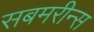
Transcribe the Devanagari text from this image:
सबमरीन्स